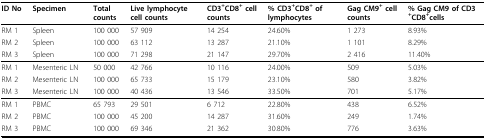
<table><thead><tr><td><b>ID No</b></td><td><b>Specimen</b></td><td><b>Total counts</b></td><td><b>Live lymphocyte cell counts</b></td><td><b>CD3<sup>+</sup>CD8<sup>+ </sup>cell counts</b></td><td><b>% CD3<sup>+</sup>CD8<sup>+ </sup>of lymphocytes</b></td><td><b>Gag CM9<sup>+ </sup>cell counts</b></td><td><b>% Gag CM9 of CD3<sup>+</sup>CD8<sup>+</sup>cells</b></td></tr></thead><tbody><tr><td>RM 1</td><td>Spleen</td><td>100 000</td><td>57 909</td><td>14 254</td><td>24.60%</td><td>1 273</td><td>8.93%</td></tr><tr><td>RM 2</td><td>Spleen</td><td>100 000</td><td>63 112</td><td>13 287</td><td>21.10%</td><td>1 101</td><td>8.29%</td></tr><tr><td>RM 3</td><td>Spleen</td><td>100 000</td><td>71 298</td><td>21 147</td><td>29.70%</td><td>2 416</td><td>11.40%</td></tr><tr><td>RM 1</td><td>Mesenteric LN</td><td>50 000</td><td>42 766</td><td>10 116</td><td>24.00%</td><td>509</td><td>5.03%</td></tr><tr><td>RM 2</td><td>Mesenteric LN</td><td>100 000</td><td>65 733</td><td>15 179</td><td>23.10%</td><td>580</td><td>3.82%</td></tr><tr><td>RM 3</td><td>Mesenteric LN</td><td>100 000</td><td>40 436</td><td>13 546</td><td>33.50%</td><td>701</td><td>5.17%</td></tr><tr><td>RM 1</td><td>PBMC</td><td>65 793</td><td>29 501</td><td>6 712</td><td>22.80%</td><td>438</td><td>6.52%</td></tr><tr><td>RM 2</td><td>PBMC</td><td>100 000</td><td>45 200</td><td>14 287</td><td>31.60%</td><td>249</td><td>1.74%</td></tr><tr><td>RM 3</td><td>PBMC</td><td>100 000</td><td>69 346</td><td>21 362</td><td>30.80%</td><td>776</td><td>3.63%</td></tr></tbody></table>